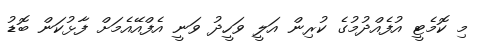
މި ކޮމެޓީ އުފެއްދުމުގެ ކުރިން އަލީ ވަހީދު ވަނީ އެފްއޭއެމަށް ފާޅުކަން ބޮޑު